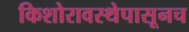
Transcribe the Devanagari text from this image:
किशोरावस्थेपासूनच